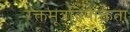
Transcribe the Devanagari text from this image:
रक्तमूत्रविषाक्तता